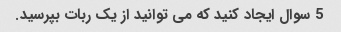
5 سوال ایجاد کنید که می توانید از یک ربات بپرسید.